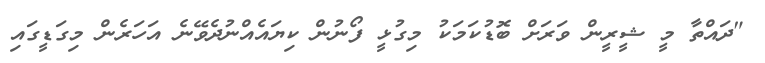
"ދައްތާ މީ ޝީރީން ވަރަށް ބޮޑުކަމަކު މިގުޅީ ފޯނުން ކިޔައެއްނުދެވޭނެ އަހަރެން މިގަޑީގައި